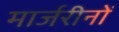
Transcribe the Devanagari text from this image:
मार्जरीनों